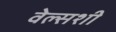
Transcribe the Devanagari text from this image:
वेल्सशी